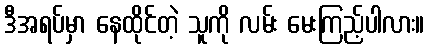
ဒီအရပ်မှာ နေထိုင်တဲ့ သူကို လမ်း မေးကြည့်ပါလား။